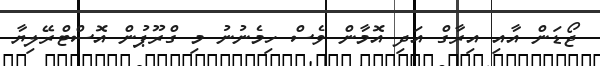
ޖޯޑަން އާއި އިރާގް އަދި އޮމާން ވެސް ހިމެނުނު މި ގްރޫޕުން އޮސްޓްރޭލިޔާ